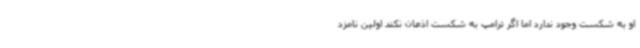
او به شکست وجود ندارد اما اگر ترامپ به شکست اذعان نکند اولین نامزد